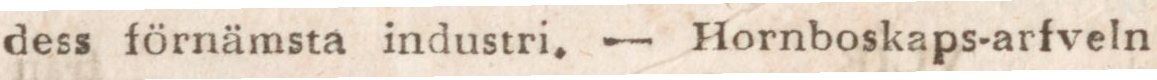
dess förnämsta industri. — Hornboskaps-arfveln